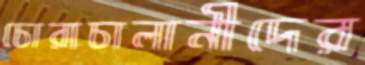
চোরাচালানীদের